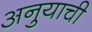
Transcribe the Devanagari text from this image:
अनुयाची